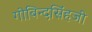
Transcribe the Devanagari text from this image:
गोबिन्दसिंहजी